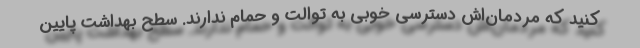
کنید که مردمان‌اش دسترسی خوبی به توالت و حمام ندارند. سطح بهداشت پایین